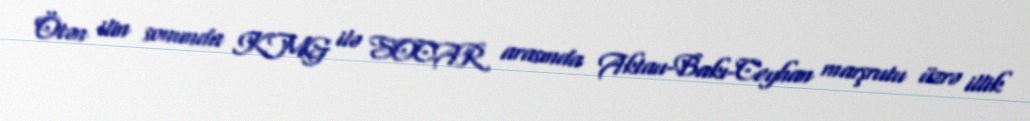
Ötən ilin sonunda KMG ilə SOCAR arasında Aktau-Bakı-Ceyhan marşrutu üzrə illik